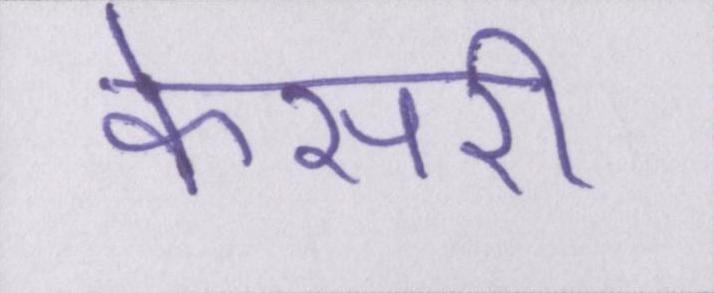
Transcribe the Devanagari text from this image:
केसरी